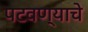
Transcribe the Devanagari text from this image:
पटवण्याचे